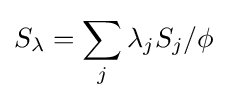
S_{\lambda }=\sum _{j}\lambda _{j}S_{j}/\phi